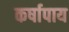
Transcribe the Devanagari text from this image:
कर्षापाय